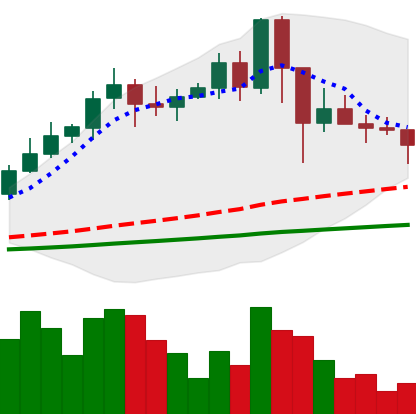
Ticker: NEO-USD
Chart end date: 2021-02-28
Forward return: 6.968%
Label: up_5_7